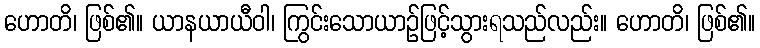
ဟောတိ၊ ဖြစ်၏။ ယာနယာယီဝါ၊ ကြွင်းသောယာဉ်ဖြင့်သွားရသည်လည်း။ ဟောတိ၊ ဖြစ်၏။